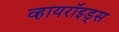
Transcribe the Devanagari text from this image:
व्हायरॉइड्स